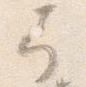
弓